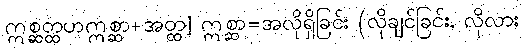
ဣစ္ဆတ္ထဟဣစ္ဆာ+အတ္ထ] ဣစ္ဆာ=အလိုရှိခြင်း (လိုချင်ခြင်း, လိုလား